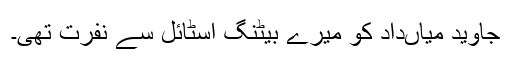
جاوید میاںداد کو میرے بیٹنگ اسٹائل سے نفرت تھی۔